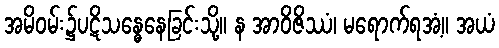
အမိဝမ်း၌ပဋိသန္ဓေနေခြင်းသို့။ န အာဝိဇိဿံ၊ မရောက်ရအံ့။ အယံ